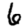
Digit: 6